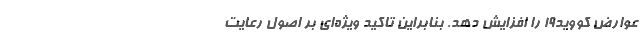
عوارض کووید۱۹ را افزایش دهد. بنابراین تاکید ویژه‌ای بر اصول رعایت